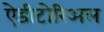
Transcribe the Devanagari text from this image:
ऐडीटोरिअल